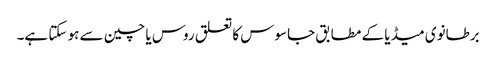
برطانوی میڈیا کے مطابق جاسوس کا تعلق روس یا چین سے ہو سکتا ہے۔